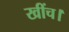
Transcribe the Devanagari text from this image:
खींच।